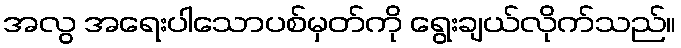
အလွ အရေးပါသောပစ်မှတ်ကို ရွေးချယ်လိုက်သည်။